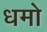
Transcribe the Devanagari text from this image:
धमो